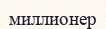
миллионер